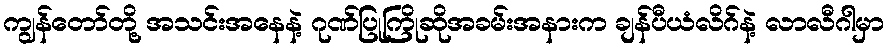
ကျွန်တော်တို့ အသင်းအနေနဲ့ ဂုဏ်ပြုကြိုဆိုအခမ်းအနားက ချန်ပီယံလိဂ်နဲ့ လာလီဂါမှာ